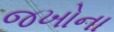
જખોના